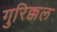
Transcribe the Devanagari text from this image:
गुरिक्कल